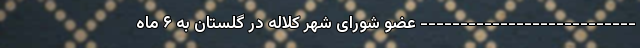
--------------------------- عضو شورای شهر کلاله در گلستان به ۶ ماه